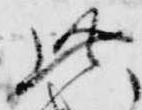
此